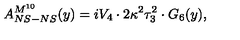
A _ { N S - N S } ^ { M ^ { 1 0 } } ( y ) = i V _ { 4 } \cdot 2 \kappa ^ { 2 } \tau _ { 3 } ^ { 2 } \cdot G _ { 6 } ( y ) ,